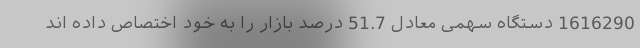
1616290 دستگاه سهمی معادل 51.7 درصد بازار را به خود اختصاص داده اند